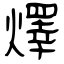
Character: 燡